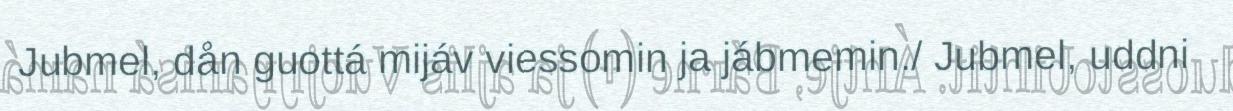
Jubmel, dån guottá mijáv viessomin ja jábmemin./ Jubmel, uddni